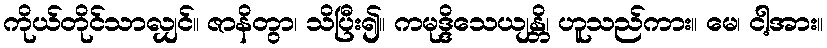
ကိုယ်တိုင်သာလျှင်။ ဇာနိတွာ၊ သိပြီး၍။ ကမုဒ္ဒိသေယျန္တိ၊ ဟူသည်ကား။ မေ၊ ငါ့အား။